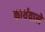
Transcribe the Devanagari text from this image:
कार्यवाले